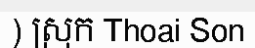
) ស្រុក Thoai Son